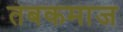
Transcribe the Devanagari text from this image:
तबकमाज